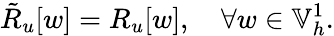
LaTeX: \tilde{R}_{u}[w]=R_{u}[w],\quad\forall w\in\mathbb{V}_{h}^{1}.